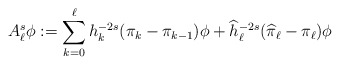
\begin{align*} A_\ell^{s} \phi := \sum_{k=0}^\ell h_k^{-2s} (\pi_k - \pi_{k-1})\phi + \widehat h_\ell^{-2s} (\widehat\pi_\ell - \pi_\ell)\phi\end{align*}